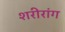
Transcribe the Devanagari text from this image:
शरीरांग